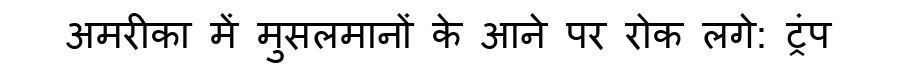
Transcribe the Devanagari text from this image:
अमरीका में मुसलमानों के आने पर रोक लगे: ट्रंप